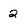
Character: 2